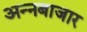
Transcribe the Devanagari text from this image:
अन्नबाजार